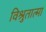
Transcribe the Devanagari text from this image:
विश्रुतात्मा